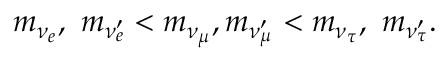
m _ { \nu _ { e } } , \ m _ { \nu _ { e } ^ { \prime } } < m _ { \nu _ { \mu } } , m _ { \nu _ { \mu } ^ { \prime } } < m _ { \nu _ { \tau } } , \ m _ { \nu _ { \tau } ^ { \prime } } .